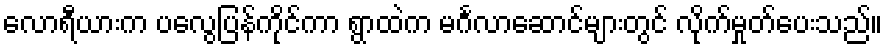
လောရီယားက ပလွေပြန်ကိုင်ကာ ရွာထဲက မင်္ဂလာဆောင်များတွင် လိုက်မှုတ်ပေးသည်။